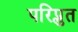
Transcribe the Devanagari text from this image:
परिप्लुत